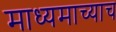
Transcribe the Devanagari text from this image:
माध्यमाच्याच